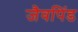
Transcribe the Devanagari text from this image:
जैवपिंड